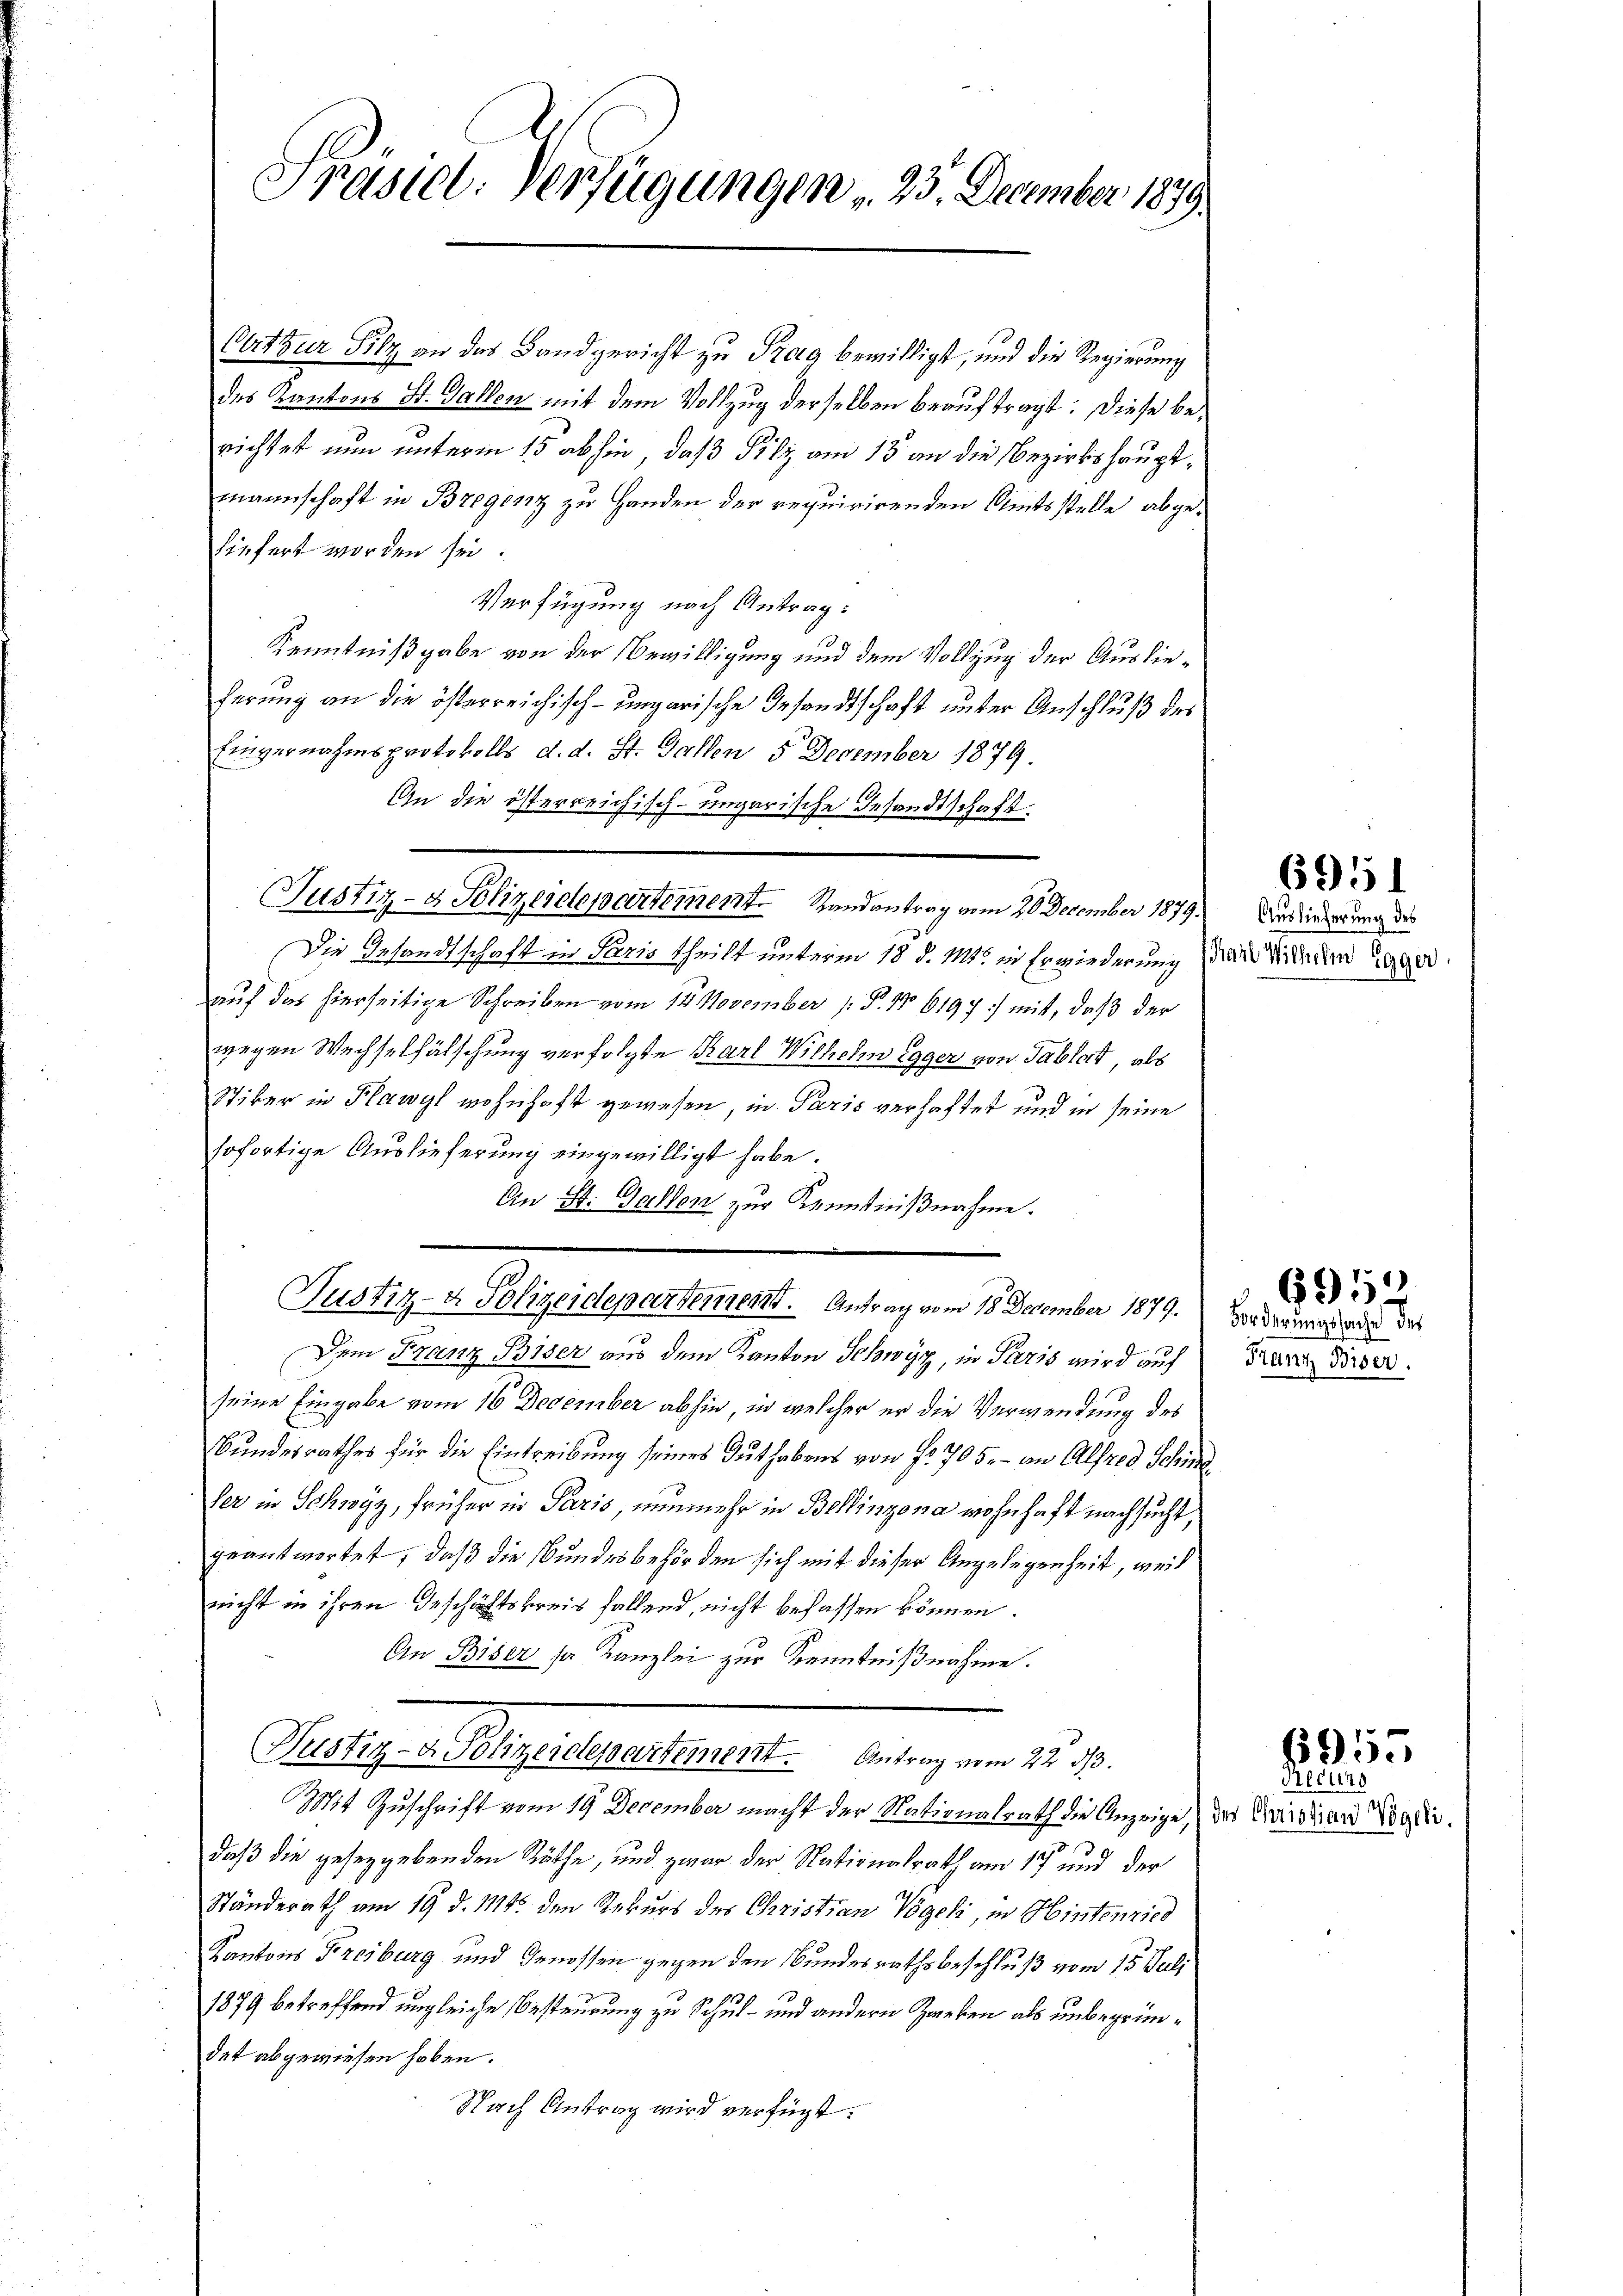
Ppäsiel. Verfügungen . 25. December 1879.

Ort zur Silz an das Landgericht zu Prag bewilligt, und die Regierung
des Kantons St. Gallen mit dem Vollzug derselben beauftragt. Diese berichtet nun unterm 15 abhin, daß Pilz am 13 an die Bezirkshauptmannschaft in Bregenz zu Handen der requirirenden Amtsstelle abgeliefert worden sei.
Verfügung nach Antrag:
Kenntnißgabe von der Bewilligung und dem Vollzug der Auslieferung an die österreichisch-ungarische Gesandtschaft unter Anschluß des
Einvernahmsprotokolls d. d. St. Gallen 5 December 1879.
An die österreichisch-ungarische Gesandtschaft
Justiz- & Polizeidepartement. Randantrag vom 20 December 1879.
Die Gesandtschaft in Paris theilt unterm 18. d. 111. in Erwiederung der Wieden Egger
auf das hierseitige Schreiben vom 14. November 1. P. Nr. 6197. mit, daß der
wegen Wechselfälschung verfolgte Karl Wilhelm Egger von Tablert, als
Stiker in Flawyl wohnhaft gewesen, in Paris verhaftet und in seine
sofortige Auslieferung eingewilligt habe.
An St. Gallen zur Kenntnißnahme.
Justiz- & Polizeidepartement. Antrag vom 18. December 1879. Vorderung der des
Dem Franz Biser aus dem Kanton Schwyz, in Paris wird auf
seine Eingabe vom 16 December abhin, in welcher er die Verwendung des
Bundesrathes für die Eintreibung seines Guthabens von Nr. 705. - an Alfred Schinz
Ver in Schwyz, früher in Paris, nunmehr in Bellinzona wohnhaft nachsucht,
geantwortet, daß die Bundesbehörden sich mit dieser Angelegenheit, weil
nicht in ihren Geschäftskreis fallend, nicht befassen können.
An Biser sa Kanzlei zur Kenntnißnahme.
Seligen Angelesentarieli, den am 19.
Mit Zuschrift vom 19 December macht der Nationalrath die Anzeige, das Kinder Regleidaß die geseggebenden Räthe, und zwar der Nationalrath am 17 und der
Ständerath am 19. d. 1124 den Rekurs des Christian Vögeli, in Hintenried
Kantons Freiburg und Genossen gegen den Bundesrathsbeschluß vom 15. Juli
1879 betreffend ungleiche Besteurung zu Schul- und andern Zweken als unbegründet abgewiesen haben.
Nach Antrag wird verfügt:

6951

Auslieferung des

Franz Biser.

6953

Reding

6955